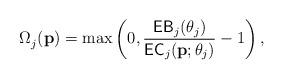
LaTeX: \begin{align*}{\Omega}_j^{}({\textbf{p}}) = \max \left( {0, \frac{{\mathsf{EB}_j({\theta _j})}}{{\mathsf{EC}_j({\textbf{p}};{\theta _j})}}-1 } \right),\end{align*}